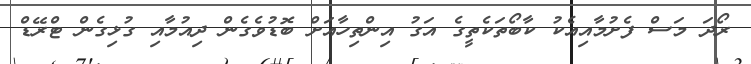
ރޯދަ މަސް ފެށުމާއިއެކު ކާބޯތަކެތީގެ އަގު އިންތިހާއަށް ބޮޑުވެގެން ދިއުމާއި ގުޅިގެން ޓްރޭޑް